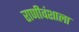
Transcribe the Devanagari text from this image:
राणीवंशाला